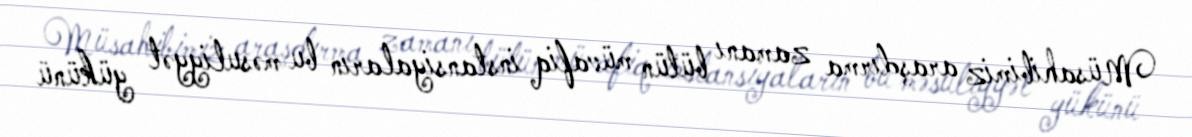
Müsahibimiz araşdırma zamanı bütün müvafiq instansiyaların bu məsuliyyət yükünü